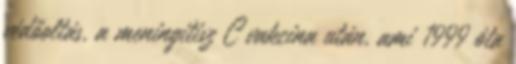
védőoltás, a meningitisz C vakcina után, ami 1999 óta